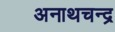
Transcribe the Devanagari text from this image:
अनाथचन्द्र